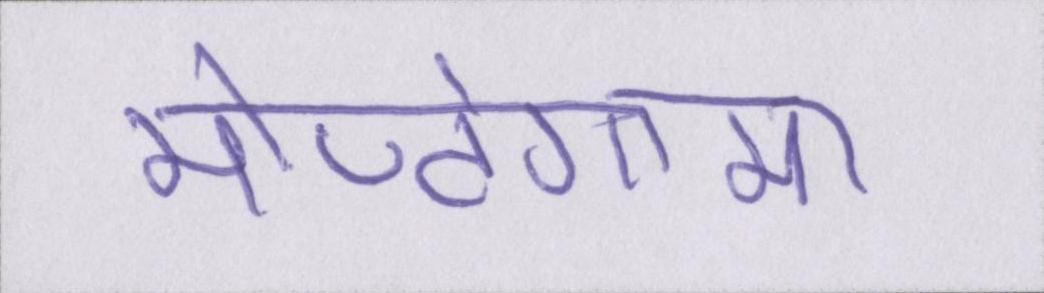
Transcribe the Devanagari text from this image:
मोण्टेगामा